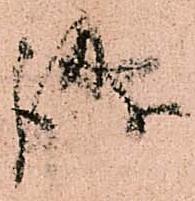
誠